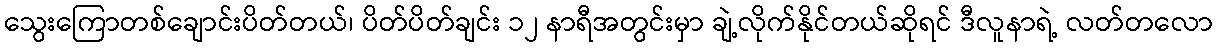
သွေးကြောတစ်ချောင်းပိတ်တယ်၊ ပိတ်ပိတ်ချင်း ၁၂ နာရီအတွင်းမှာ ချဲ့လိုက်နိုင်တယ်ဆိုရင် ဒီလူနာရဲ့ လတ်တလော